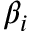
\beta _ { i }